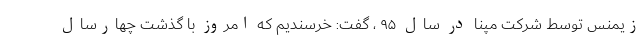
زیمنس توسط شرکت مپنا در سال ۹۵ ، گفت: خرسندیم که امروز با گذشت چهارسال